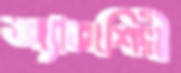
জ্যাজশিল্পী